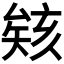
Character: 𪠠